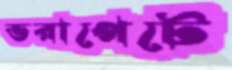
ভরাপেটে